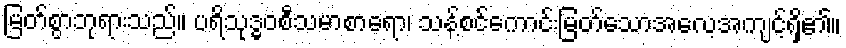
မြတ်စွာဘုရားသည်။ ပရိသုဒ္ဓဝစီသမာစာရော၊ သန့်စင်ကောင်းမြတ်သောအလေ့အကျင့်ရှိ၏။